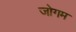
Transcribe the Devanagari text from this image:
जोगम